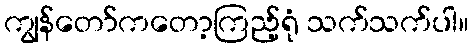
ကျွန်တော်ကတော့ကြည့်ရုံ သက်သက်ပါ။